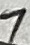
Text: 1